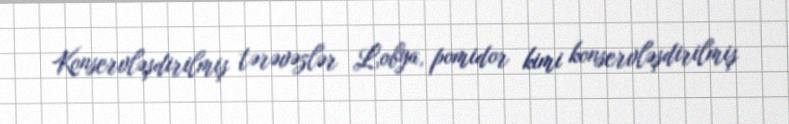
Konservləşdirilmiş tərəvəzlər Lobya, pomidor kimi konservləşdirilmiş